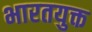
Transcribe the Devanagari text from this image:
भारतयुक्त